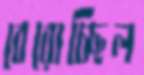
বেরোচ্ছিল